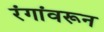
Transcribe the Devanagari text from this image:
रंगांवरून